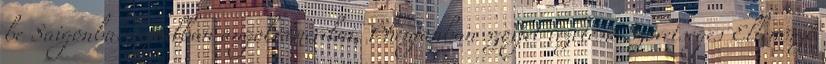
be Saigonba. Szöulban angol-amerikai, Phenjanban szovjet vezetésû Szövetséges Ellenõrzõ